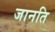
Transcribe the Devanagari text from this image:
जानति